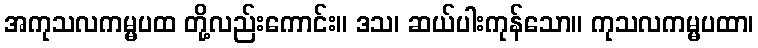
အကုသလကမ္မပထ တို့လည်းကောင်း။ ဒသ၊ ဆယ်ပါးကုန်သော။ ကုသလကမ္မပထာ၊